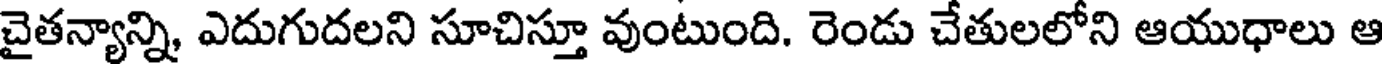
చైతన్యాన్ని, ఎదుగుదలని సూచిస్తూ వుంటుంది. రెండు చేతులలోని ఆయుధాలు ఆ